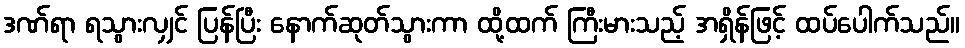
ဒဏ်ရာ ရသွားလျှင် ပြန်ပြီး နောက်ဆုတ်သွားကာ ထို့ထက် ကြီးမားသည့် အရှိန်ဖြင့် ထပ်ပေါက်သည်။